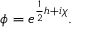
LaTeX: \phi = e ^ { \frac { 1 } { 2 } h + i \chi } .